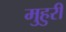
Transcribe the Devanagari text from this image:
मुहुरी